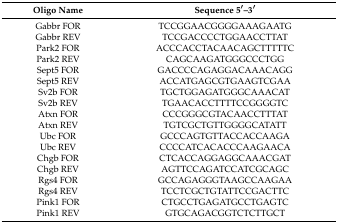
| Oligo Name | Sequence 5′–3′ |
 | --- | --- |
 | Gabbr FOR | TCCGGAACGGGGAAAGAATG |
 | Gabbr REV | TCCGACCCCTGGAACCTTAT |
 | Park2 FOR | ACCCACCTACAACAGCTTTTTC |
 | Park2 REV | CAGCAAGATGGGCCCTGG |
 | Sept5 FOR | GACCCCAGAGGACAAACAGG |
 | Sept5 REV | ACCATGAGCGTGAAGTCGAA |
 | Sv2b FOR | TGCTGGAGATGGGCAAACAT |
 | Sv2b REV | TGAACACCTTTTCCGGGGTC |
 | Atxn FOR | CCCGGGCGTACAACCTTTAT |
 | Atxn REV | TGTCGCTGTTGGGGCATATT |
 | Ubc FOR | GCCCAGTGTTACCACCAAGA |
 | Ubc REV | CCCCATCACACCCAAGAACA |
 | Chgb FOR | CTCACCAGGAGGCAAACGAT |
 | Chgb REV | AGTTCCAGATCCATCGCAGC |
 | Rgs4 FOR | GCCAGAGGGTAAGCCAAGAA |
 | Rgs4 REV | TCCTCGCTGTATTCCGACTTC |
 | Pink1 FOR | CTGCCTGAGATGCCTGAGTC |
 | Pink1 REV | GTGCAGACGGTCTCTTGCT |